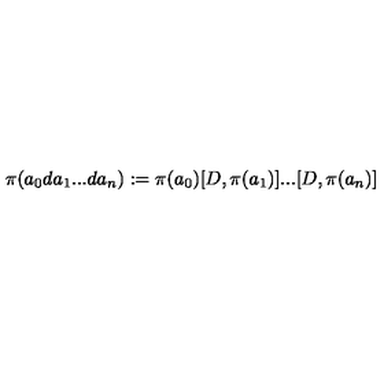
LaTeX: \pi ( a _ { 0 } d a _ { 1 } . . . d a _ { n } ) : = \pi ( a _ { 0 } ) [ D , \pi ( a _ { 1 } ) ] . . . [ D , \pi ( a _ { n } ) ]